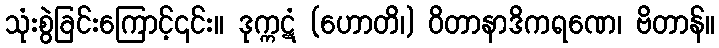
သုံးစွဲခြင်းကြောင့်၎င်း။ ဒုက္ကဋံ (ဟောတိ၊) ဝိတာနာဒိကရဏေ၊ ဗိတာန်။